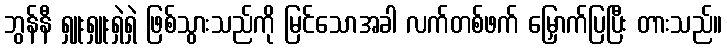
ဘွန်နီ ရှူးရှူးရှဲရှဲ ဖြစ်သွားသည်ကို မြင်သောအခါ လက်တစ်ဖက် မြှောက်ပြပြီး တားသည်။